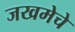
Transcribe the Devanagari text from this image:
जखमेचे